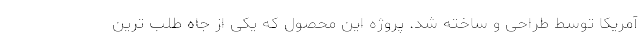
آمریکا توسط طراحی و ساخته شد. پروژه این محصول که یکی از جاه طلب ترین